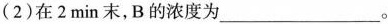
(2)在2min末，B的浓度为___。